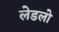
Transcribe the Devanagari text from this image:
लेडलो